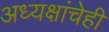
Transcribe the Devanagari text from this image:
अध्यक्षांचेही